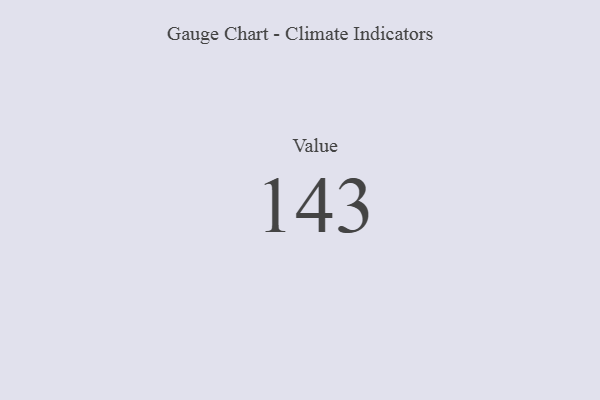
{"axis": {"x": "Metric", "y": "Value"}, "legend": [""], "data": [{"x": "Value", "y": 143, "type": ""}]}